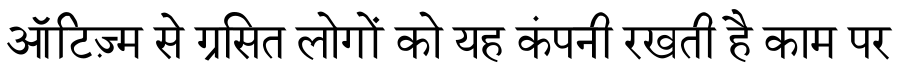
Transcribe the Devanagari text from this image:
ऑटिज़्म से ग्रसित लोगों को यह कंपनी रखती है काम पर